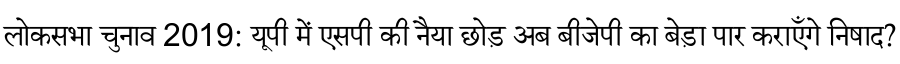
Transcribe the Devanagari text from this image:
लोकसभा चुनाव 2019: यूपी में एसपी की नैया छोड़ अब बीजेपी का बेड़ा पार कराएँगे निषाद?